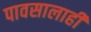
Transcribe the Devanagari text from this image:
पावसालाही